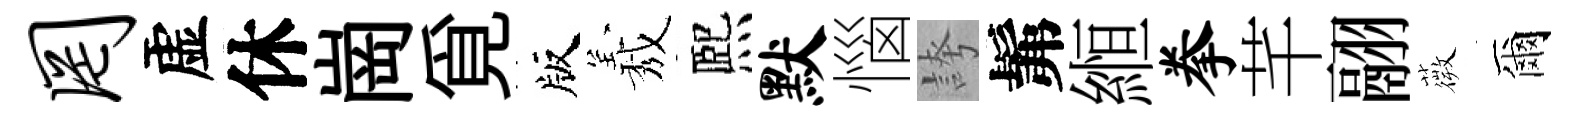
罔虚休崗覓版𦏁熈默惱誇髴縆拳芊翮薇爾